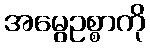
အမွေဥစ္စာကို